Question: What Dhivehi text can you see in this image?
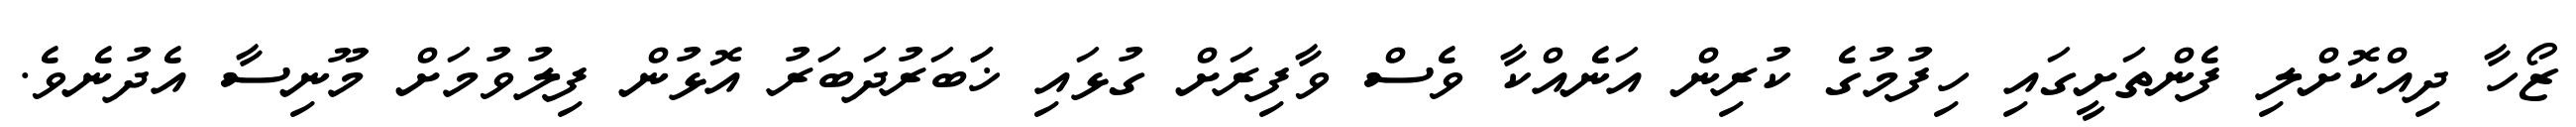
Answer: ޒޯހާ ދިއްކޮށްލި ފެންތަށީގައި ހިފުމުގެ ކުރިން އަނެއްކާ ވެސް ވާފިރަށް ގުޅައި ޚަަބަރުދަބަރު އޮޅުން ފިލުވުމަށް މޫނިސާ އެދުނެވެ.